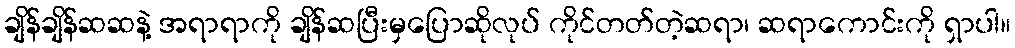
ချိန်ချိန်ဆဆနဲ့ အရာရာကို ချိန်ဆပြီးမှပြောဆိုလုပ် ကိုင်တတ်တဲ့ဆရာ၊ ဆရာကောင်းကို ရှာပါ။